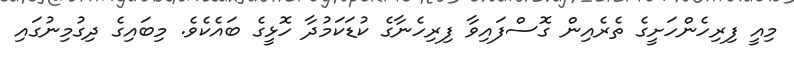
މިއީ ފިރިހެންހަށީގެ ތެރެއިން ގޮސްފައިވާ ފިރިހެނާގެ ކުޑަކަމުދާ ހޮޅީގެ ބައެކެވެ. މިބައިގެ ދިގުމިނުގައި